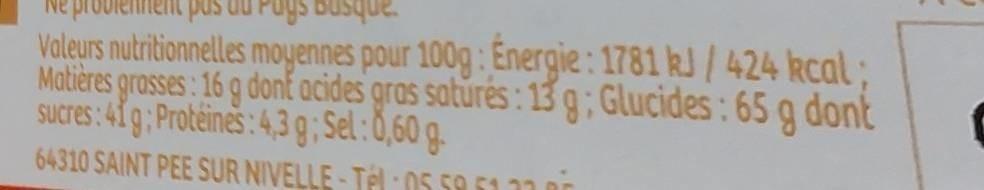
pas du Pays Basque.
Valeurs nutritionnelles moyennes pour 100g: Energie: 1781 kJ/424 kcal; Matières grasses: 16 g dont acides gras saturés: 13 g; Glucides: 65 g dont sucres:41g; Protéines: 4,3g; Sel: 0,60 g
64310 SAINT PEE SUR NIVELLE-Tel 05.59.51.00.00